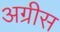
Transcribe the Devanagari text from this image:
अग्रीस